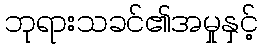
ဘုရားသခင်၏အမှုနှင့်